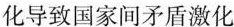
化导致国家间矛盾激化